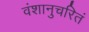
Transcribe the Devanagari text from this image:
वंशानुचरितं